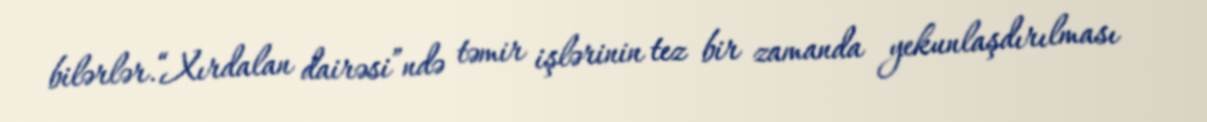
bilərlər.“Xırdalan dairəsi”ndə təmir işlərinin tez bir zamanda yekunlaşdırılması